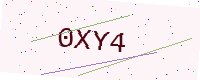
Text: 0XY4